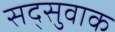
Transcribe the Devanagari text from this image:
सद्सुवाक